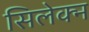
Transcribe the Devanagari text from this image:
सिलेक्न